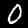
Digit: 0